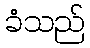
ခံသည်